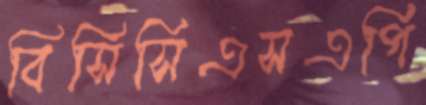
বিসিসিএসএপি